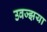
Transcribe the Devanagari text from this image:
उवज्झया